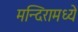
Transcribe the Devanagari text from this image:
मन्दिरामध्ये